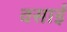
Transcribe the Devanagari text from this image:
वसाई